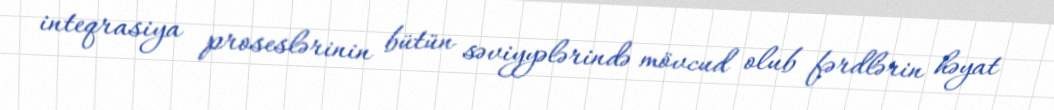
inteqrasiya proseslərinin bütün səviyyələrində mövcud olub fərdlərin həyat